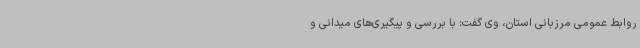
روابط عمومی مرزبانی استان، وی گفت: با بررسی و پیگیری‌های میدانی و